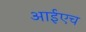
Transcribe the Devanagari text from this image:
आईएच